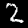
Label: 2